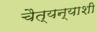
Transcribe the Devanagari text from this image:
चैत्यन्याशी